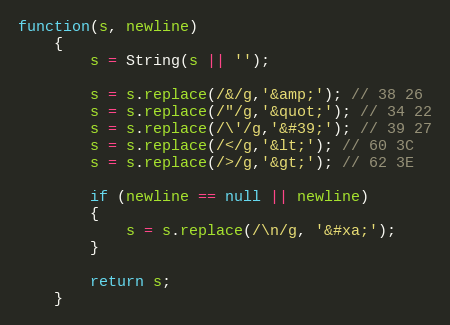
Language: JavaScript
function(s, newline)
	{
		s = String(s || '');

		s = s.replace(/&/g,'&amp;'); // 38 26
		s = s.replace(/"/g,'&quot;'); // 34 22
		s = s.replace(/\'/g,'&#39;'); // 39 27
		s = s.replace(/</g,'&lt;'); // 60 3C
		s = s.replace(/>/g,'&gt;'); // 62 3E

		if (newline == null || newline)
		{
			s = s.replace(/\n/g, '&#xa;');
		}

		return s;
	}